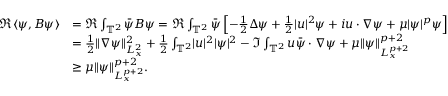
\begin{array} { r l } { \Re \langle \psi , B \psi \rangle } & { = \Re \int _ { \mathbb { T } ^ { 2 } } \Bar { \psi } B \psi = \Re \int _ { \mathbb { T } ^ { 2 } } \Bar { \psi } \left[ - \frac { 1 } { 2 } \Delta \psi + \frac { 1 } { 2 } \lvert u \rvert ^ { 2 } \psi + i u \cdot \nabla \psi + \mu \lvert \psi \rvert ^ { p } \psi \right] } \\ & { = \frac { 1 } { 2 } \lVert \nabla \psi \rVert _ { L _ { x } ^ { 2 } } ^ { 2 } + \frac { 1 } { 2 } \int _ { \mathbb { T } ^ { 2 } } \lvert u \rvert ^ { 2 } \lvert \psi \rvert ^ { 2 } - \Im \int _ { \mathbb { T } ^ { 2 } } u \Bar { \psi } \cdot \nabla \psi + \mu \lVert \psi \rVert _ { L _ { x } ^ { p + 2 } } ^ { p + 2 } } \\ & { \ge \mu \lVert \psi \rVert _ { L _ { x } ^ { p + 2 } } ^ { p + 2 } . } \end{array}